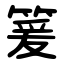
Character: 䈠